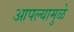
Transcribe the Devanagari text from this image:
आपल्यामुळे